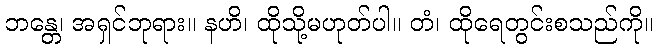
ဘန္တေ၊ အရှင်ဘုရား။ နဟိ၊ ထိုသို့မဟုတ်ပါ။ တံ၊ ထိုရေတွင်းစသည်ကို။